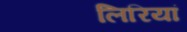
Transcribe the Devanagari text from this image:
लिरियां